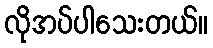
လိုအပ်ပါသေးတယ်။